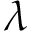
\lambda